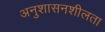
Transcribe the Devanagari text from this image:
अनुशासनशीलता